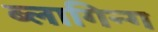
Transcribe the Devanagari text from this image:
ब्लागिन्ग